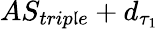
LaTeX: AS_{trip\mathfrak{l}e}+d_{\tau_{1}}